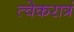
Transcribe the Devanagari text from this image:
त्वेकरात्रं